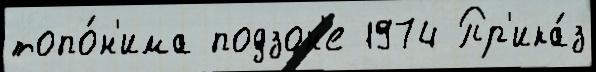
топо́н'има подзон'е 1974 Пр'ика́з